Report of the Indian Hemp Drugs Commission, 1894-1895 - Volume VI
Year: 1894
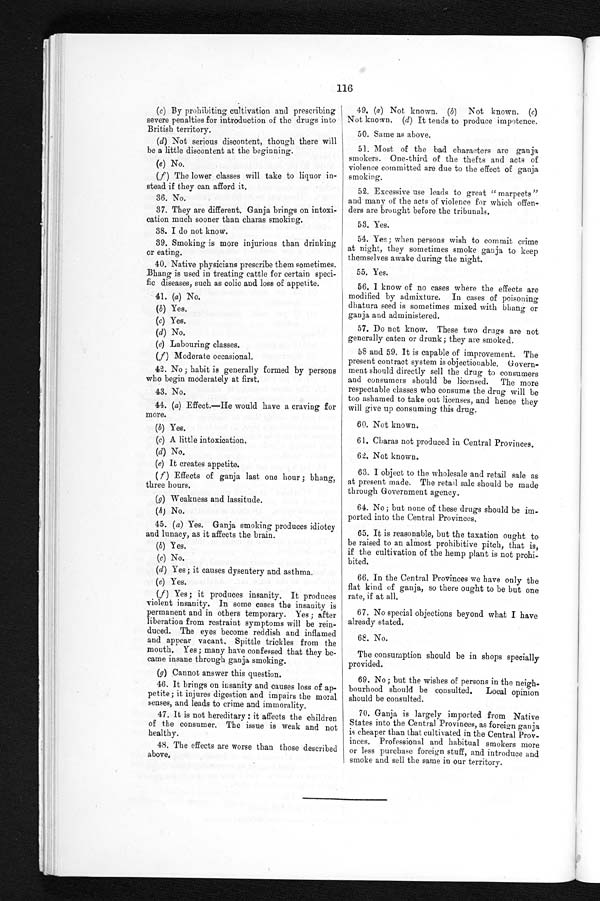
116
(
c
) B y p r o h i b i t i n g c u l t i v a t i o n a n d p r e s c r i b i n g
severe penalties for introduction of the drugs into
British territory.
(d) Not serious discontent, though there will
be a little discontent at the beginning.
(e) No.
(f) The lower classes will take to liquor in
-stead if they can afford it.
36. No.
37. They are different, Ganja brings on intoxi
-cation much sooner than charas smoking.
38. I do not know.
39. Smoking is more injurious than drinking
or eating.
40. Native physicians prescribe them sometimes.
Bhang is used in treating cattle for certain speci
- f i c d i s e a s e s , s u c h a s c o l i c a n d l o s s o f a p p e t i t e .
41. (a) No.
(b) Yes.
(c) Yes.
(d) No.
(e) Labouring classes.
(f) Moderate occasional.
42. No ; habit is generally formed by persons
who begin moderately at first.
43. No.
44. (a) Effect.—He would have a craving for
more.
(b) Yes.
(c) A little intoxication.
(d) No.
(e) It creates appetite.
(f) Effects of ganja last one hour ; bhang,
three hours.
(g) Weakness and lassitude.
(h) No.
45. ( a) Yes. Ganja smoking produces idiotcy
and lunacy, as it affects the brain.
(b) Yes.
(c) No.
(d) Yes ; it causes dysentery and asthma.
(e) Yes.
(f) Yes; it produces insanity. It produces
violent insanity. In some cases the insanity is
permanent and in others temporary. Yes ; after
liberation from restraint symptoms will be rein
-duced. The eyes become reddish and inflamed
and appear vacant. Spittle trickles from the
mouth. Yes; many have confessed that they be
-came insane through ganja smoking.
(g) Cannot answer this question.
46. It brings on insanity and causes loss of ap
-petite; it injures digestion and impairs the mo
ral senses, and leads to crime and immorality.
47. It is not hereditary : it affects the children
of the consumer. The issue is weak and n
o t h e a l t h y .
48. The effects are worse than those described
above.
49. (a) Not known. ( b) Not known. (c)
Not known. (d) It tends to produce impotence.
50. Same as above.
51. Most of the bad characters are ganja
smokers. One-third of the thefts and acts of
violence committed are due to the effect of ganja
smoking.
52. Excessive use leads to great " marpeets"
and many of the acts of violence for which offen
- d e r s a r e b r o u g h t b e f o r e t h e t r i b u n a l s .
53. Yes.
54. Yes; when persons wish to commit crime
at night, they sometimes smoke ganja to keep
themselves awake during the night.
55. Yes.
56. I know of no cases where the effects are
modified by admixture. In cases of poisoning
dhatura seed is sometimes mixed with bhang or
ganja and administered.
57. Do not know. These two drugs are not
generally eaten or drunk ; they are smoked.
58 and 59. It is capable of improvement. The
present contract system is objectionable. Govern
- m e n t s h o u l d d i r e c t l y s e l l t h e d r u g t o c o n s u m e r s
and consumers should be licensed. The more
respectable classes who consume the drug will be
too ashamed to take out licenses, and hence they
will give up consuming this drug.
60. Not known.
61. Charas not produced in Central Provinces.
62. Not known.
63. I object to the wholesale and retail sale as
at present made. The retail sale should be made
through Government agency.
64. No ; but none of these drugs should be im
-ported into the Central Provinces.
65. It is reasonable, but the taxation ought to
be raised to an almost prohibitive pitch, that is,
if the cultivation of the hemp plant is not prohi
- b i t e d .
66. In the Central Provinces we have only the
flat kind of ganja, so there ought to be but one
rate, if at all.
67. No special objections beyond what I have
already stated.
68. No.
The consumption should be in shops specially
provided.
69. No; but the wishes of persons in the neigh
-bourhood should be consulted. Local opinion
should be consulted.
70. Ganja is largely imported from Native
States into the Central Provinces, as foreign ganja
is cheaper than that cultivated in the Central Prov
-inces. Professional and habitual smokers more
or less purchase foreign stuff, and introduce and
smoke and sell the same in our territory.